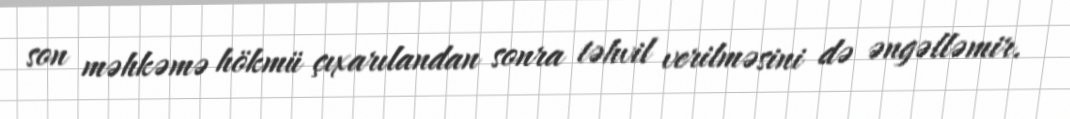
son məhkəmə hökmü çıxarılandan sonra təhvil verilməsini də əngəlləmir.